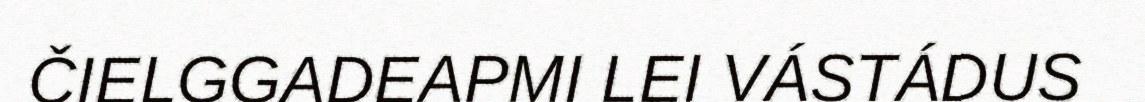
ČIELGGADEAPMI LEI VÁSTÁDUS